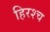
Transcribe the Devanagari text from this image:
हिरश्च